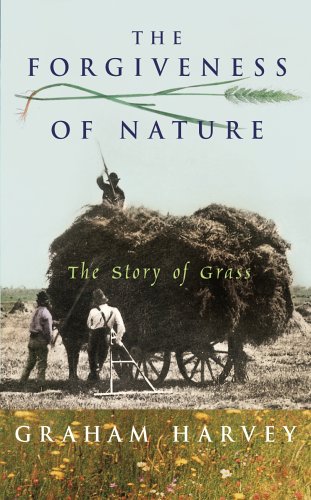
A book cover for The Forgiveness of Nature; Graham Harvey; Crafts, Hobbies & Home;